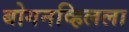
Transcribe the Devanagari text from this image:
बोगनव्हिलला